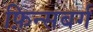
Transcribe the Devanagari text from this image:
फ़िन्सबर्ग